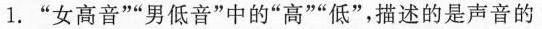
1.”女高音””男低音”中的”高””低”，描述的是声音的